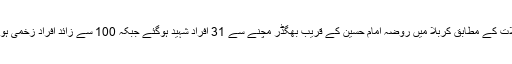
تفصیلات کے مطابق کربلا میں روضہ امام حسینؑ کے قریب بھگڈر مچنے سے 31 افراد شہید ہوگئے جبکہ 100 سے زائد افراد زخمی ہو گئے۔